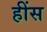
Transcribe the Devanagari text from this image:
हींस